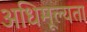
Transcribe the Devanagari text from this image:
अधिमूल्यता